255_413270_UFO's_and_Defense_What_Should_we_Prepare_For
Agency: NASA
Page 83
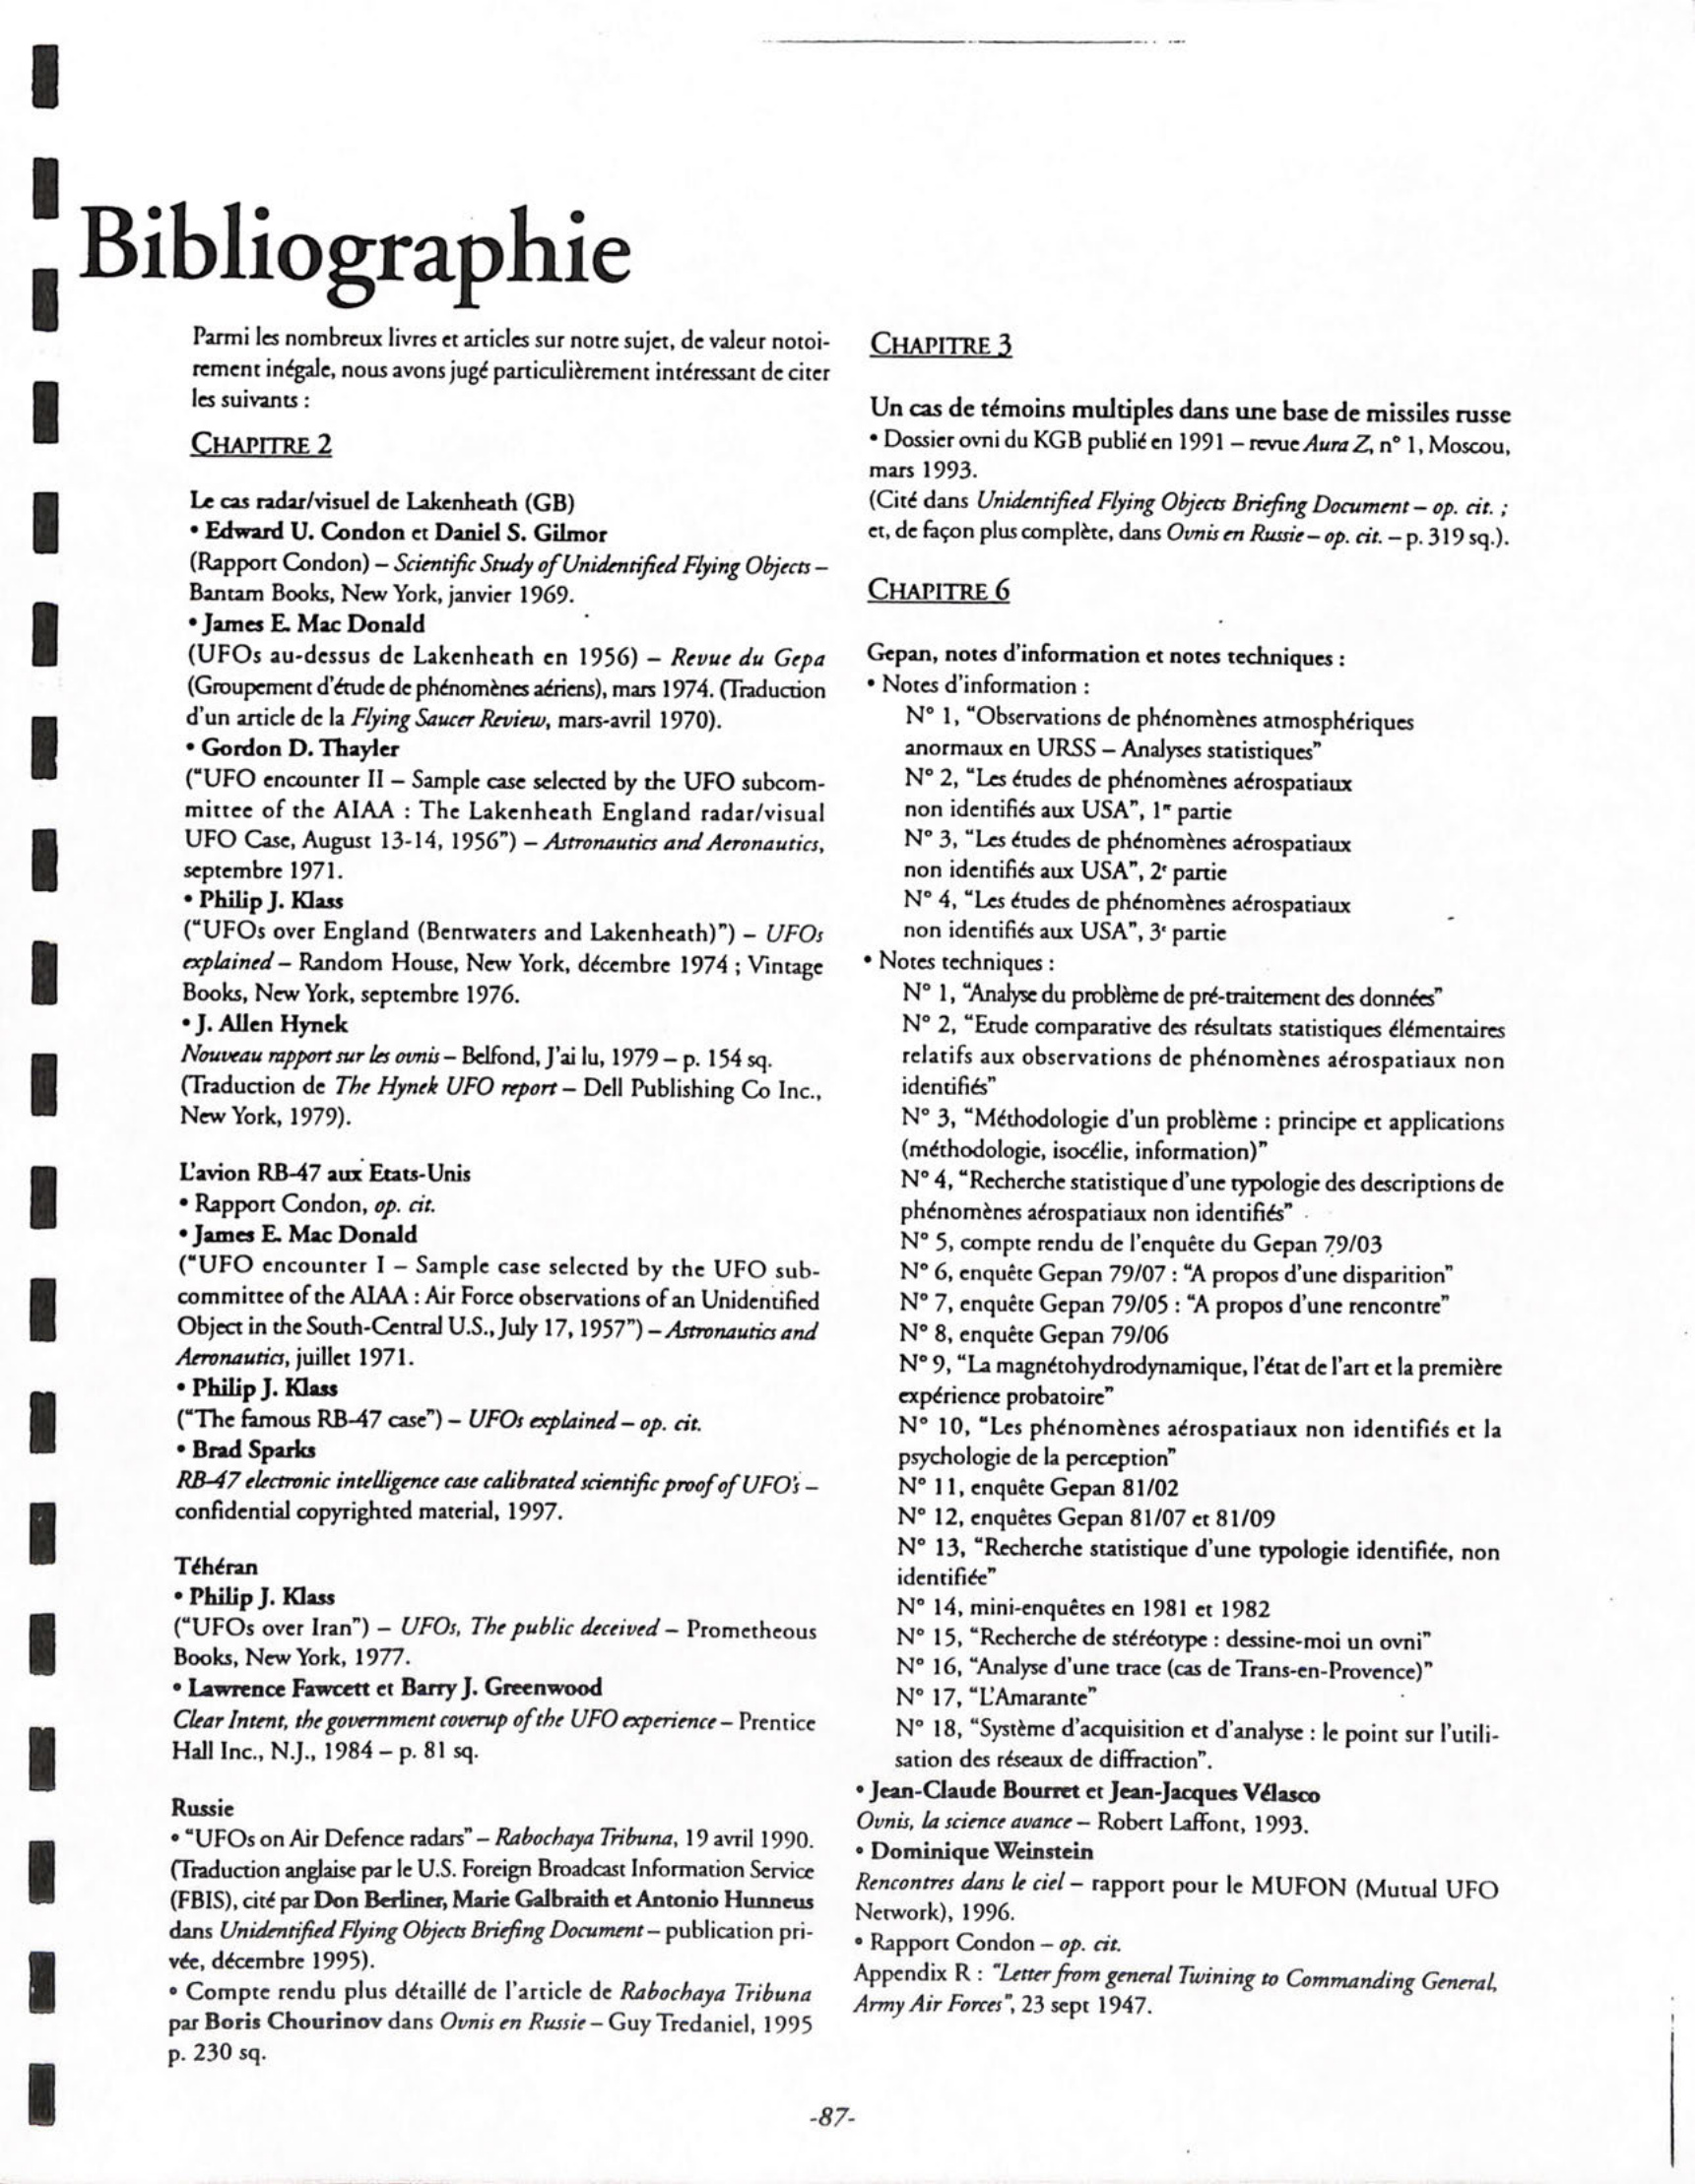